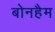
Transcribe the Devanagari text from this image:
बोनहैम